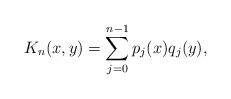
LaTeX: \begin{align*}K_n(x,y) = \sum_{j=0}^{n-1} p_j(x)q_j(y),\end{align*}